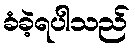
ခံခဲ့ရပါသည်